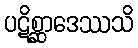
ပဋိစ္ဆာဒေဿသိ